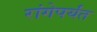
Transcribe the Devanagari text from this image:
रांगेपर्यंत